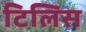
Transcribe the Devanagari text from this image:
टिलिस